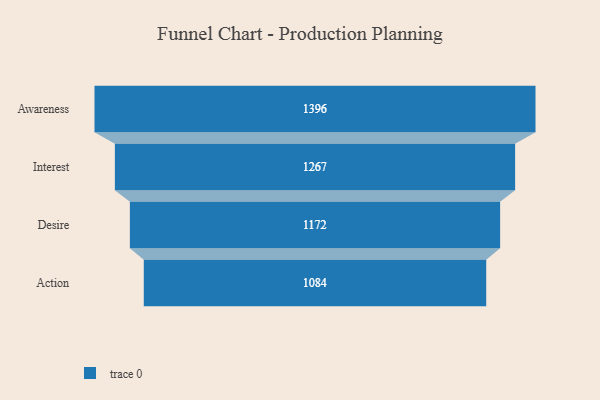
{"axis": {"x": "Stage", "y": "Value"}, "legend": [""], "data": [{"x": "Awareness", "y": 1396.0, "type": ""}, {"x": "Interest", "y": 1267.0, "type": ""}, {"x": "Desire", "y": 1172.0, "type": ""}, {"x": "Action", "y": 1084.0, "type": ""}]}